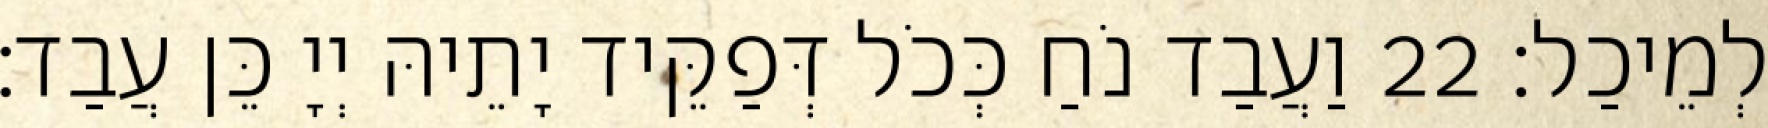
לְמֵיכַל׃ 22 וַעֲבַד נֹחַ כְּכֹל דְּפַקֵּיד יָתֵיהּ יְיָ כֵּן עֲבַד׃